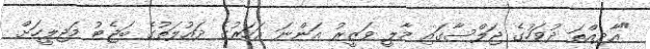
"އާދިއްތަ ދުވަހުގެ ޖަލްސާގައި މާލީ ވަޒީރު އަންނަ އަހަރުގެ ދައުލަތުގެ ބަޖެޓު މަޖިލީހަށް